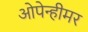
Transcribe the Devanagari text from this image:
ओपेन्हीमर